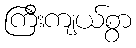
ကြီးကျယ်စွာ